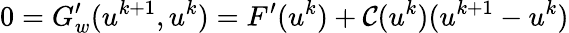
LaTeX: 0=G_{w}^{\prime}(u^{k+1},u^{k})=F^{\prime}(u^{k})+\mathcal{C}(u^{k})(u^{k+1}-u^{k})